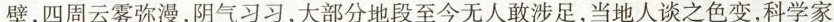
壁，四周云雾弥漫，阴气习习，大部分地段至今无人敢涉足，当地人谈之色变，科学家